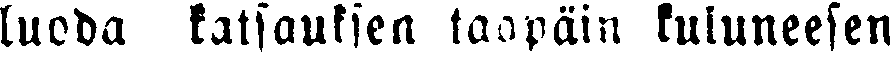
luoda katsauksen taapäin kuluneesen